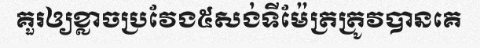
គួរឲ្យខ្លាចប្រវែង៥សង់ទីម៉ែត្រត្រូវបានគេ